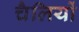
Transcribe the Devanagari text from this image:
चैलियों